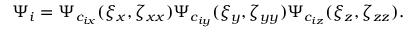
\Psi _ { i } = \Psi _ { c _ { i x } } ( \xi _ { x } , \zeta _ { x x } ) \Psi _ { c _ { i y } } ( \xi _ { y } , \zeta _ { y y } ) \Psi _ { c _ { i z } } ( \xi _ { z } , \zeta _ { z z } ) .